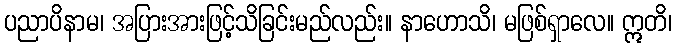
ပညာပိနာမ၊ အပြားအားဖြင့်သိခြင်းမည်လည်း။ နာဟောသိ၊ မဖြစ်ရှာလေ။ ဣတိ၊